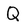
Character: Q